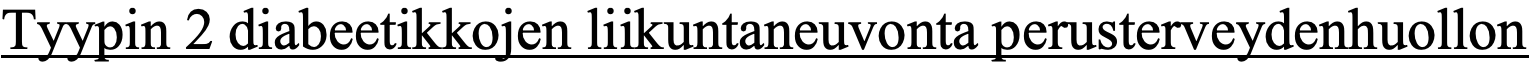
Tyypin 2 diabeetikkojen liikuntaneuvonta perusterveydenhuollon